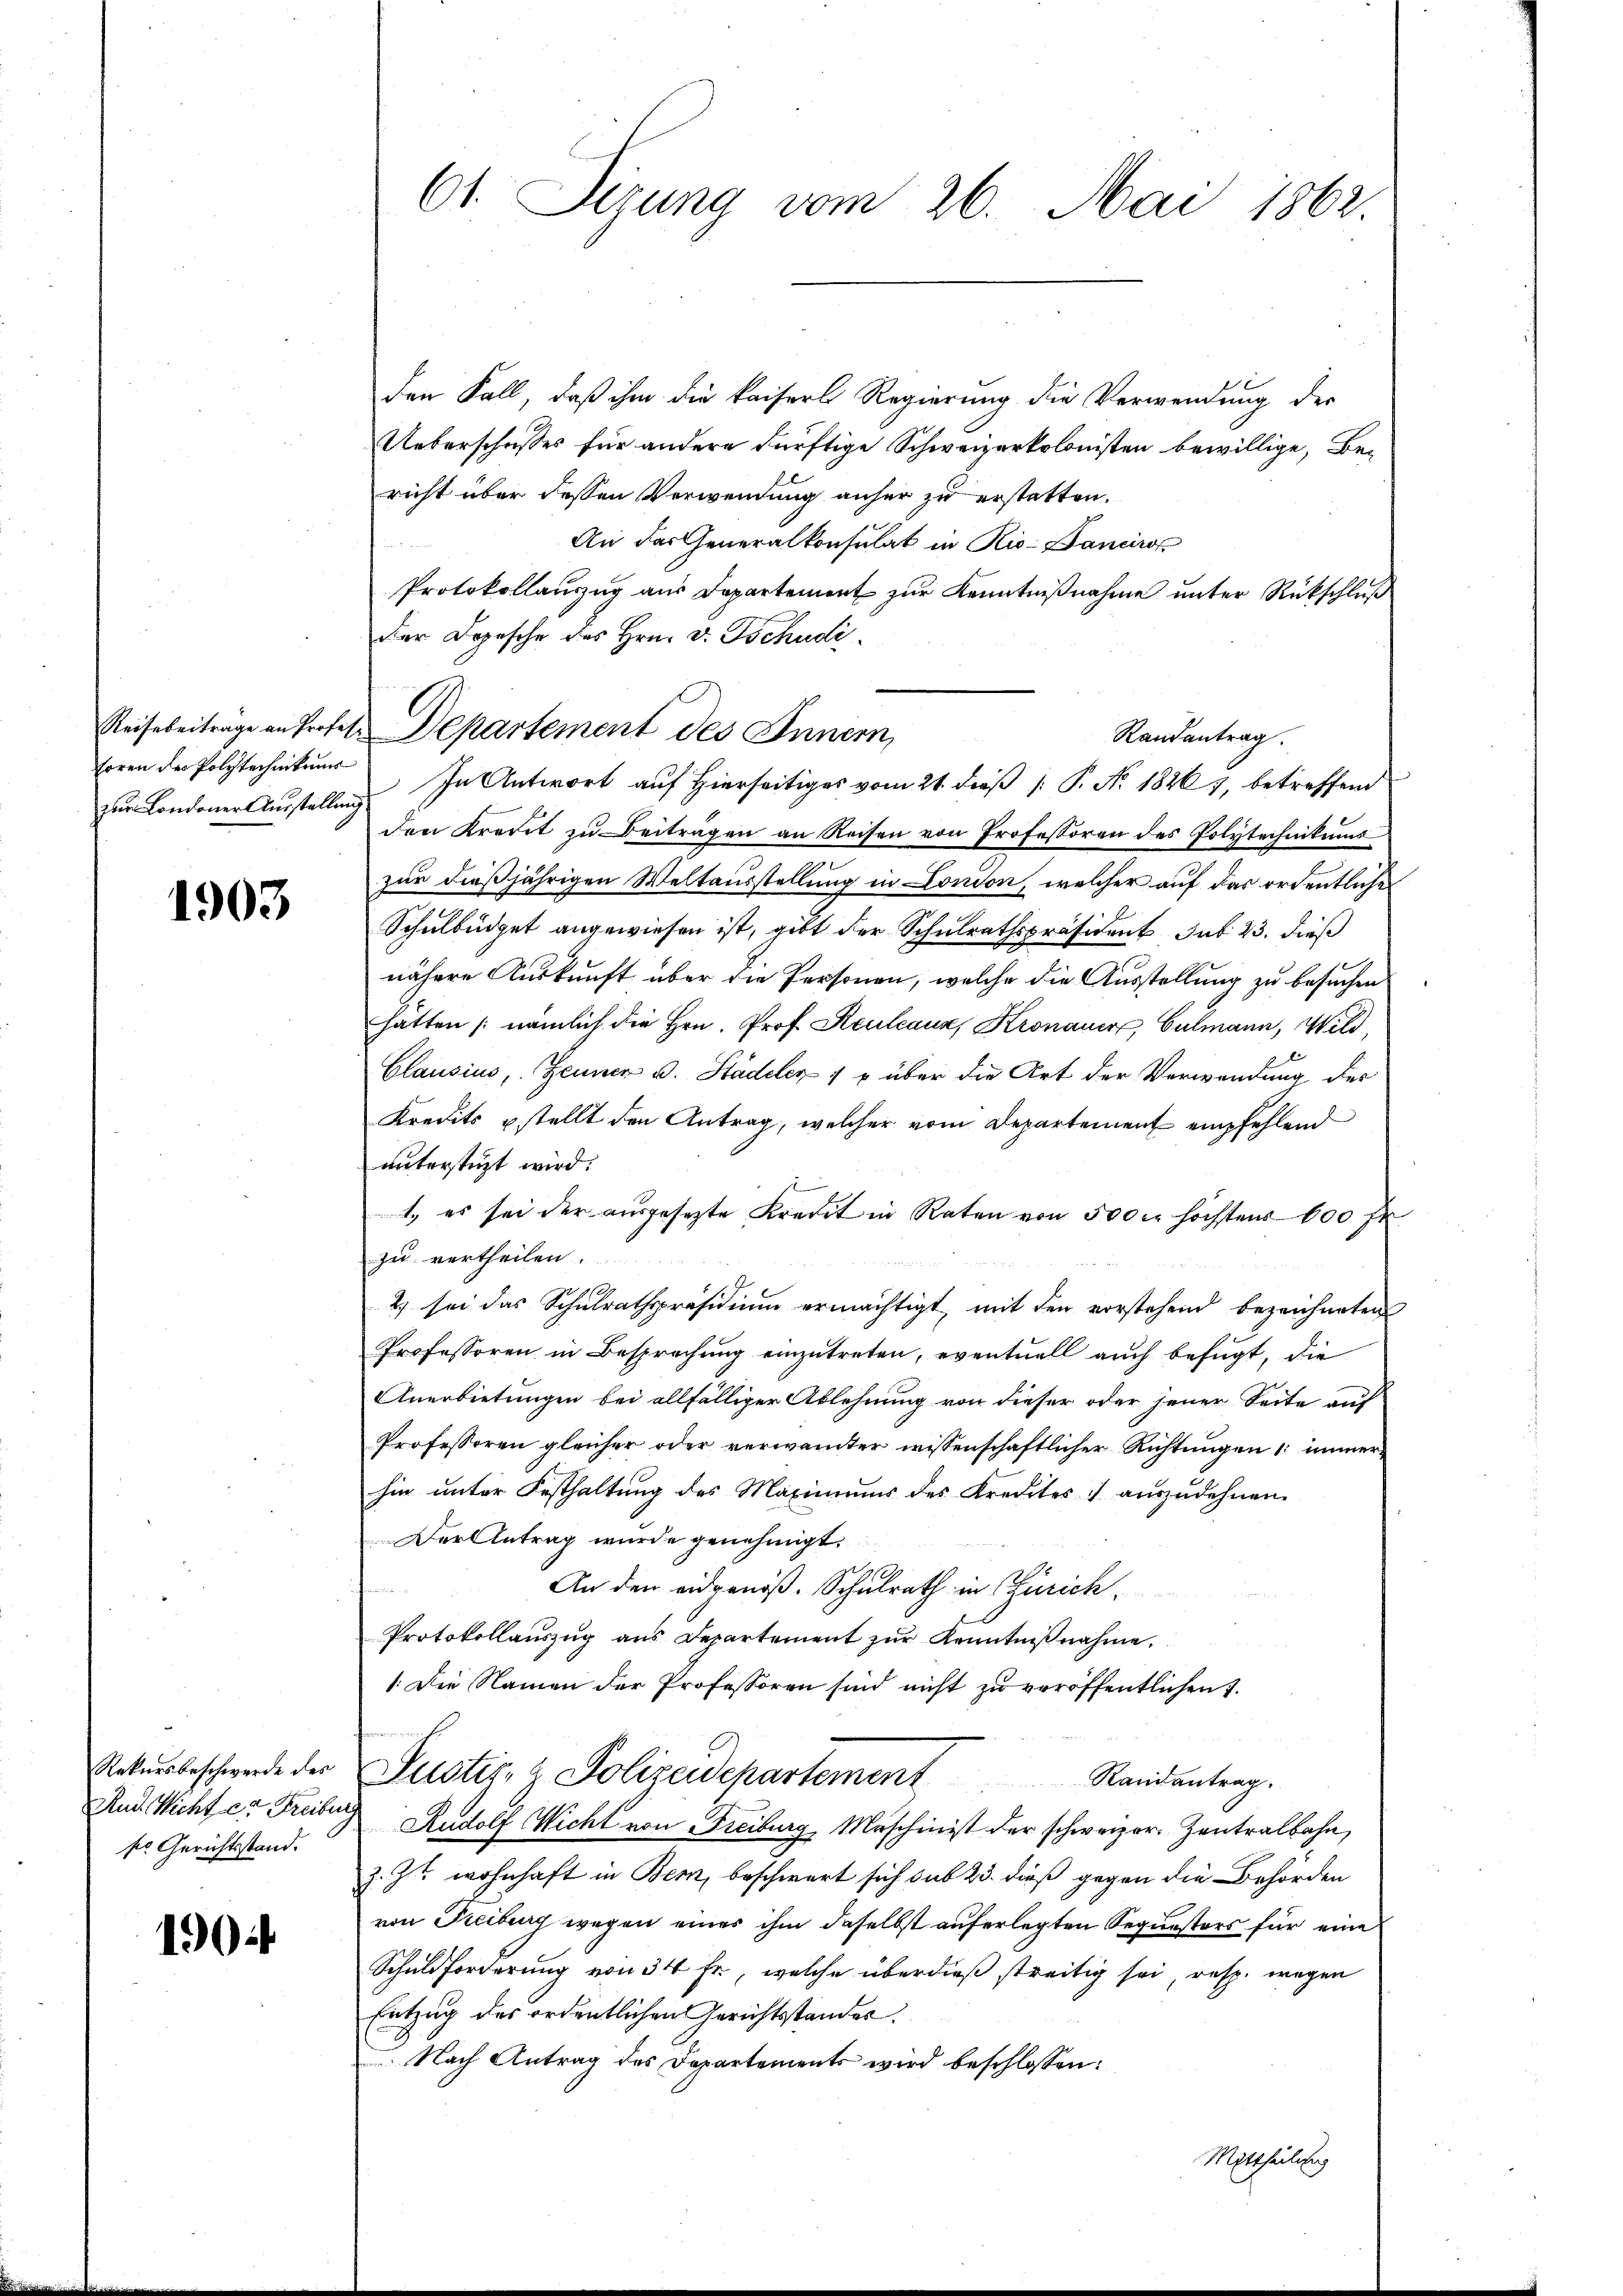
Reise beitrage an Profess
horen der Polytechnikums
zur Londoner Ausstellung.

1903

Rekursbeschwerde des
Auch Nicht er Freiber
kr. Gerichtsstand.

1904

61. Sizung vom 26. Mai 1862.

den Fall, daß ihm die kaiserl Regierung die Verwendung der
Ueberschusses für andere dürftige Schweizerkolonisten bewillige, Bericht über dessen Verwendung anher zu erstatten.
An das Generalkonsulat in Rio: Danciro
Protokollauszug aus Departement zur Kenntnißnahme unter Rückschluß
der Depesche des Hrn. v. Tschudi¬
Departement des Innern,
Randantrag.
In Antwort auf Hierseitiges vom 21. dieß [ P. No. 1826 7, betreffend
den Kredit zu Beitragen an Reisen von Professoren des Polytechnikums
zur dießjährigen Weltausstellung in London, welcher auf das ordentliche
Schulbüdget angewiesen ist, gibt der Schulrathspräsident sub 23. dieß
nähere Auskunft über die Personen, welche die Ausstellung zu besuchen
hatten (nämlich die Hrn. Prof. Keuleaux, Kronauer Culmann, Wild
Clausius, Zeuner B. Städeler 1 u über die Art der Verwendung des
Kredits stellt den Antrag, welcher vom Departement empfehlend
unterstüzt wird.
1
t, es sei der ausgesetzte Kredit in Raten von 500 r höchstens 600 fr
zu vertheilen.
2) sei das Schulrathspräsidium ermächtigt, mit den vorstehend bezeichneten
Professoren in Besprechung einzutreten, eventuell auch befügt, die
Anerbietungen bei allfälliger Ablehnung von dieser oder jener Seite auf
Professoren gleicher oder verwämter wissenschaftlicher Richtungen (: immer
hin unter Festhaltung des Maximums des Kredites auszudehnen.
Der Antrag wurde genehmigt.
An den eidgenöß. Schulrath in Zürich.
Protokollauszug aus Departement zur Kenntnißnahme.
1. Die Namen der Professoren sind nicht zu veröffentlichen 1.
Justiz- & Polizeidepartement
Randantrag.
Rudolf Wicht von Freiburg, Maschinist der schweizer. Zentralbahn,
z. Zt. wohnhaft in Bern, beschwert sich sub 23. dieß gegen die Behörden
von Freiburg wegen eines ihm daselbst auferlegten Sequesters für eine
Schuldforderung von 34 fr., welche überdieß streitig sei, resp. wegen
Entzug des ordentlichen Gerichtsstandes
 Nach Antrag des Departements wird beschlossen:
Mittheilung